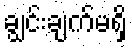
ချွင်းချက်မရှိ